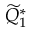
\widetilde { Q } _ { 1 } ^ { * }